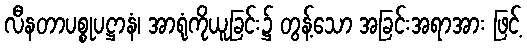
လီနတာပစ္စုပဋ္ဌာနံ၊ အာရုံကိုယူခြင်း၌ တွန့်သော အခြင်းအရာအား ဖြင့်